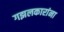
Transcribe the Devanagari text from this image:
गझलकारांना